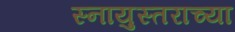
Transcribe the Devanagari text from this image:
स्नायुस्तराच्या